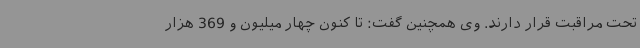
تحت مراقبت قرار دارند. وی همچنین گفت: تا کنون چهار میلیون و 369 هزار